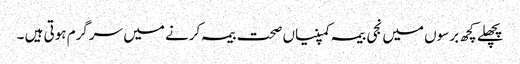
پچھلے کچھ برسوں میں نجی بیمہ کمپنیاں صحت بیمہ کرنے میں سرگرم ہوتی ہیں ۔